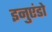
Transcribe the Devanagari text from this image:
इनुएंडो